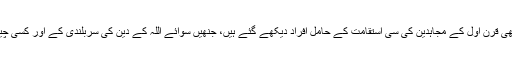
آج کے دور میں بھی قرنِ اوّل کے مجاہدین کی سی استقامت کے حامل افراد دیکھے گئے ہیں، جنھیں سوائے اللہ کے دین کی سربلندی کے اور کسی چیز کی فکر نہ تھی۔